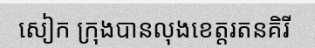
សៀក ក្រុងបានលុងខេត្តរតនគិរី